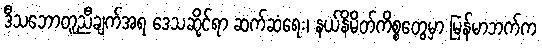
ဒီသဘောတူညီချက်အရ ဒေသဆိုင်ရာ ဆက်ဆံရေး၊ နယ်နိမိတ်ကိစ္စတွေမှာ မြန်မာဘက်က